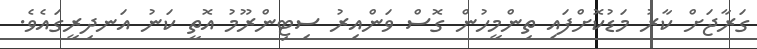
ގަރާޖަށް ކާރު މަޑުކޮށްފައި ތިންމީހުން ގޮސް ވަންއިރު ސިޓިންރޫމު އޮތީ ކަނު އަނދިރީގައެވެ.